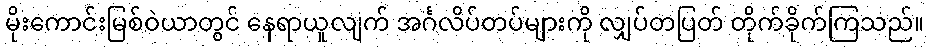
မိုးကောင်းမြစ်ဝဲယာတွင် နေရာယူလျက် အင်္ဂလိပ်တပ်များကို လျှပ်တပြတ် တိုက်ခိုက်ကြသည်။